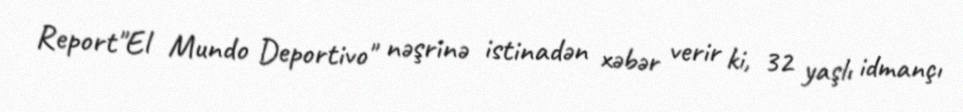
Report"El Mundo Deportivo" nəşrinə istinadən xəbər verir ki, 32 yaşlı idmançı